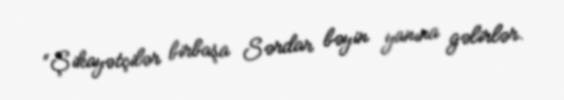
“Şikayətçilər birbaşa Sərdar bəyin yanına gəlirlər.